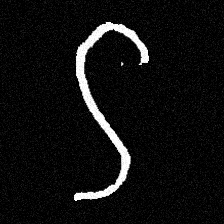
Pyu character \u2014 Myanmar letter: ဌ (romanized: ttha)